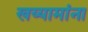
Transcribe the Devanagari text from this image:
खय्यामांना